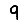
Digit: 9